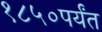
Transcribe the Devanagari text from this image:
१८५०पर्यंत